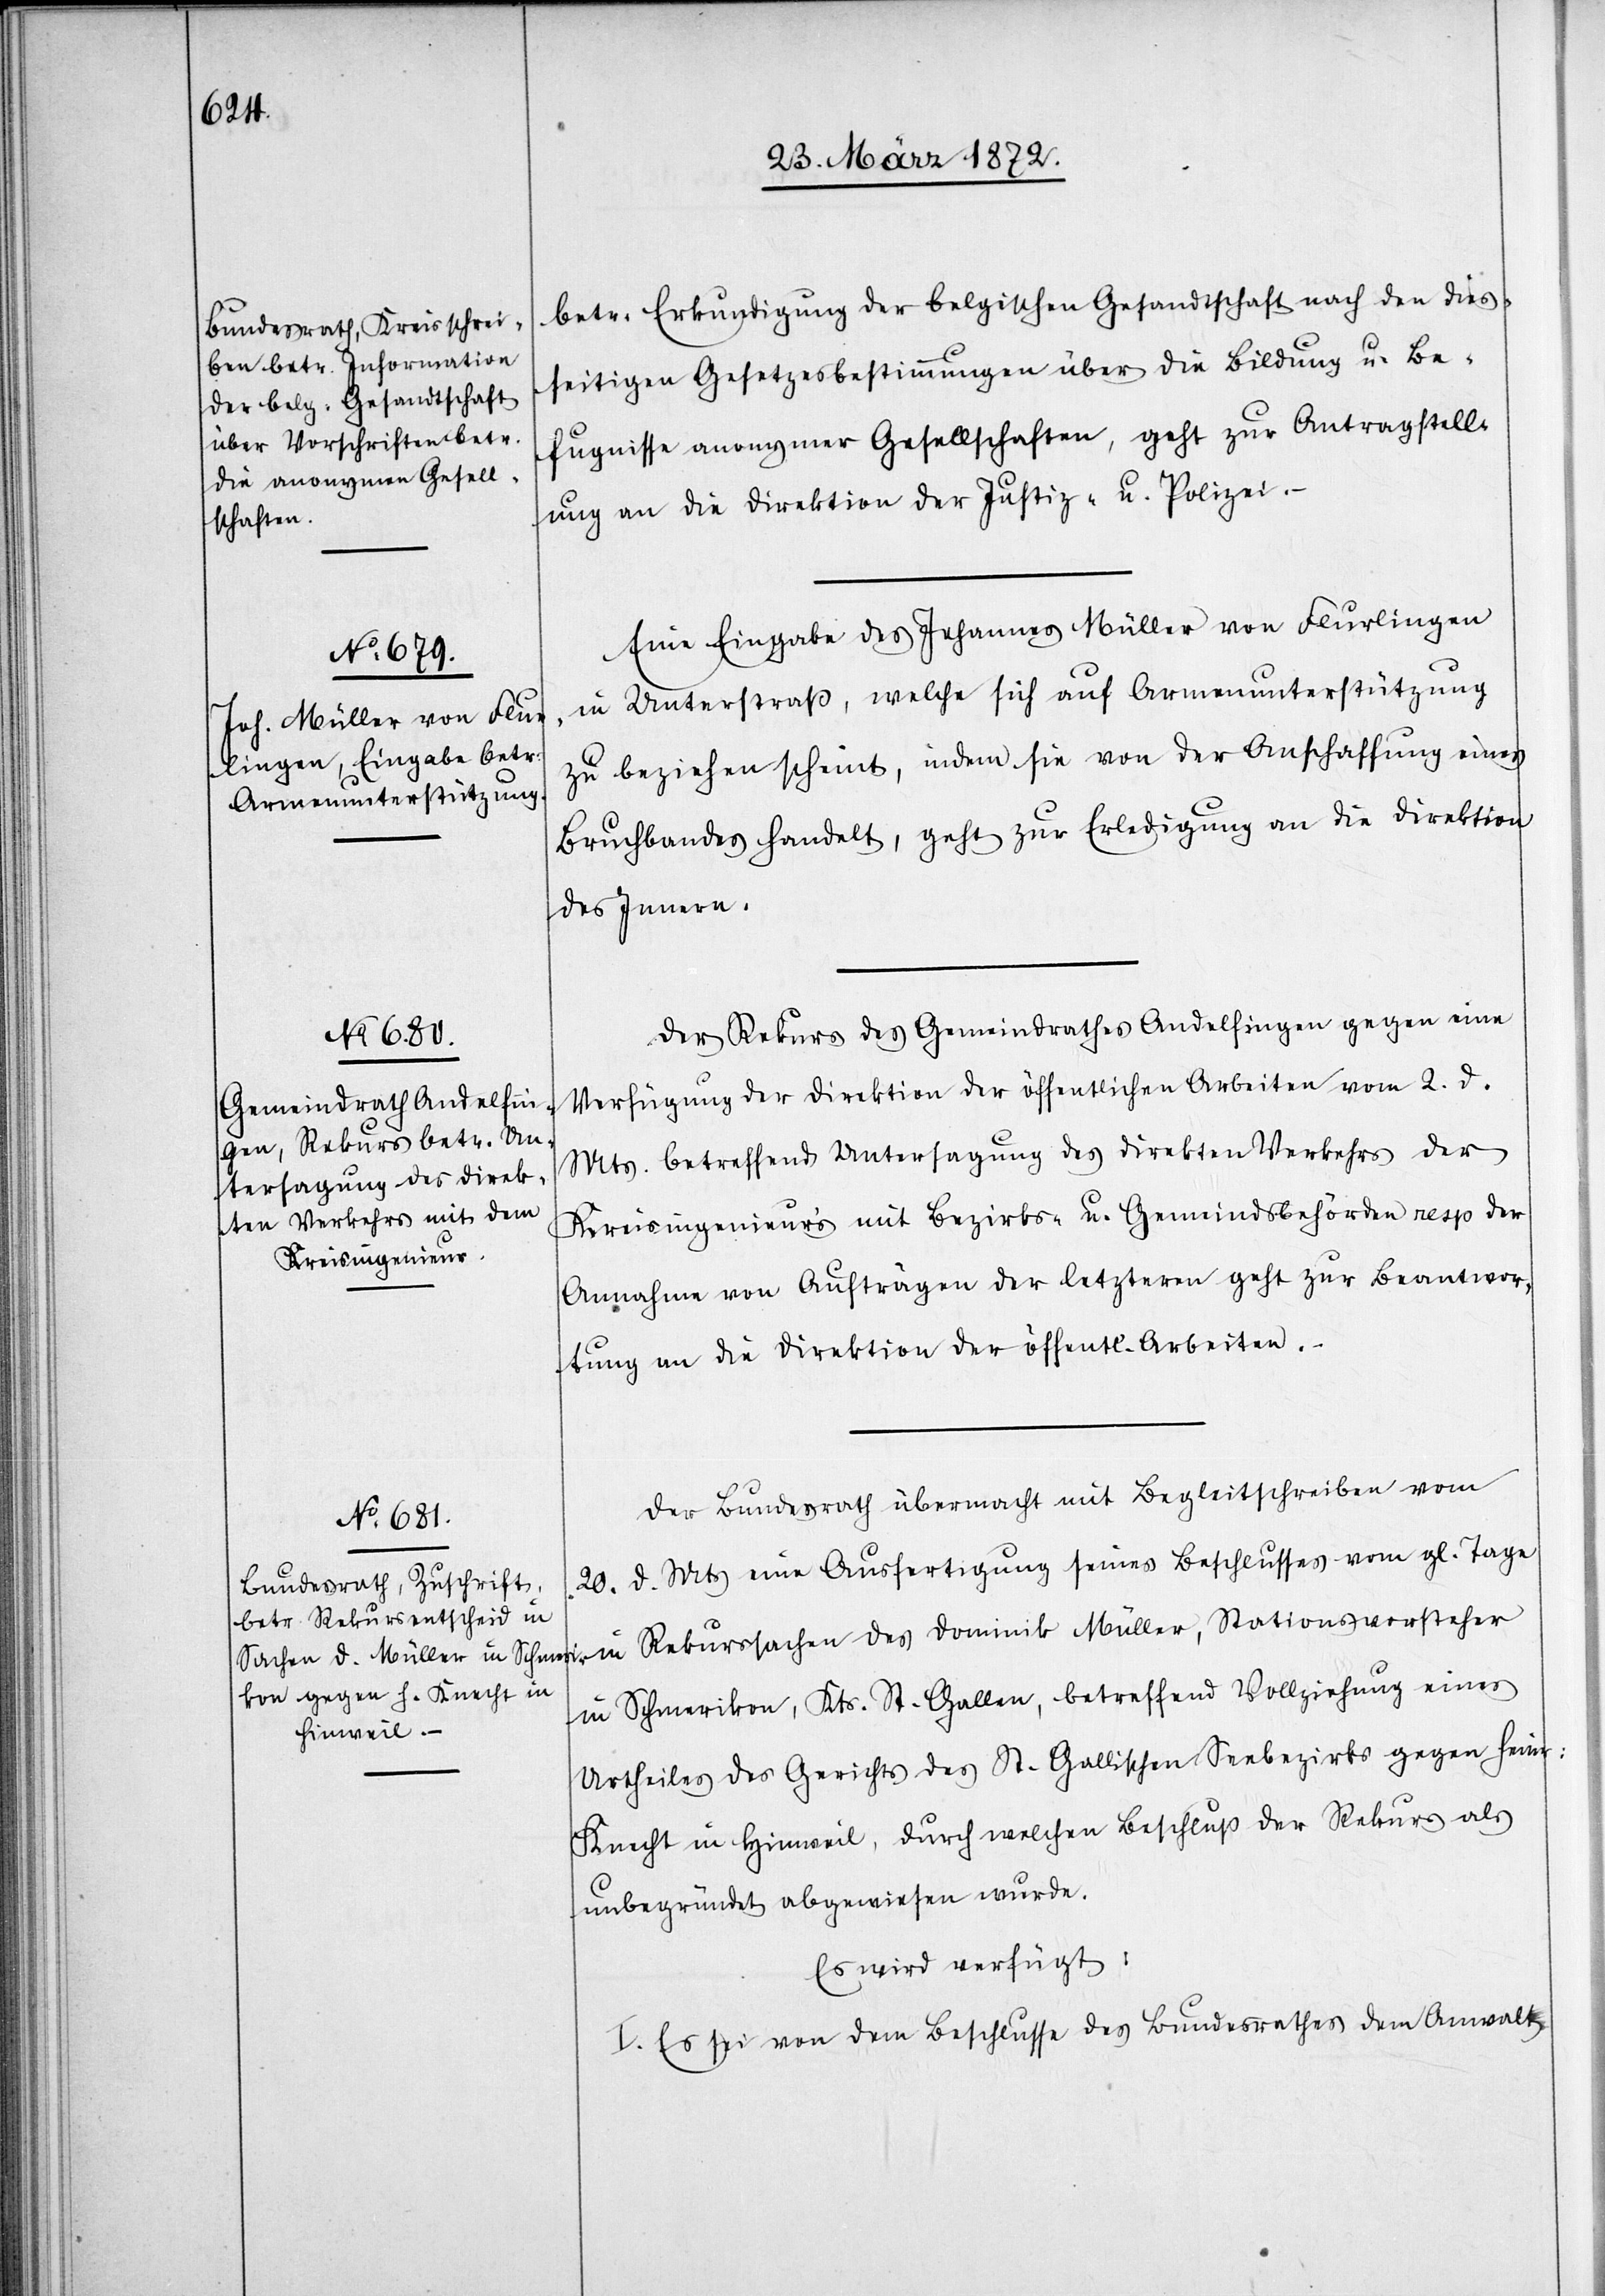
26. März 1872.]
betr: Erkundigung der belgischen Gesandtschaft nach den dies¬
seitigen Gesetzesbestimmungen über die Bildung u. Be¬
fugnisse anonymer Gesellschaften, geht zur Antragstell¬
ung an die Direktion der Justiz- u. Polizei.
Eine Eingabe des Johannes Müller von Flurlingen
in Unterstraß, welche sich auf Armenunterstützung
zu beziehen scheint, indem sie von der Anschaffung eines
Bruchbandes handelt, geht zur Erledigung an die Direktion
des Innern.
Der Rekurs des Gemeindrathes Andelfingen gegen eine
Verfügung der Direktion der öffentlichen Arbeiten vom 2. d.
Mts. betreffend Untersagung des direkten Verkehrs der
Kreisingenieur’s [sic!] mit Bezirks- u. Gemeindsbehörden resp der
Annahme von Aufträgen der letzteren geht zur Beantwor¬
tung an die Direktion der öffentl. Arbeiten.
Der Bundesrath übermacht mit Begleitschreiben vom
20. d. Mts eine Ausfertigung seines Beschlusses vom gl. Tage
in Rekurssachen des Dominik Müller, Stationsvorsteher
in Schmerikon, Kts. St. Gallen, betreffend Vollziehung eines
Urtheiles des Gerichtes des St. Gallischen Seebezirks gegen Heinr:
Knecht in Hinweil, durch welchen Beschluß der Rekurs als
unbegründet abgewiesen wurde.
Es wird verfügt:
I. Es sei von dem Beschlusse des Bundesrathes dem Anwalt

–